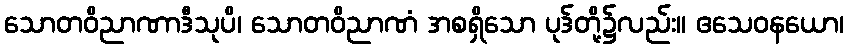
သောတဝိညာဏာဒီသုပိ၊ သောတဝိညာဏံ အစရှိသော ပုဒ်တို့၌လည်း။ ဧသေဝနယော၊